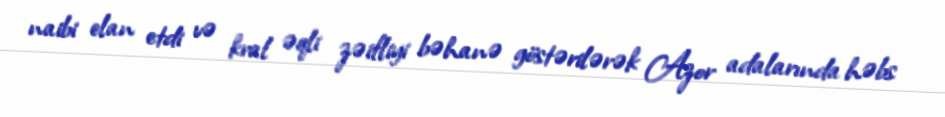
naibi elan etdi və kral əqli zəifliyi bəhanə göstərilərək Azor adalarında həbs